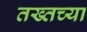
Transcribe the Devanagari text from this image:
तख्तच्या